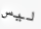
ليس